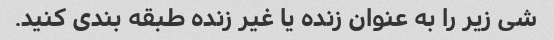
شی زیر را به عنوان زنده یا غیر زنده طبقه بندی کنید.